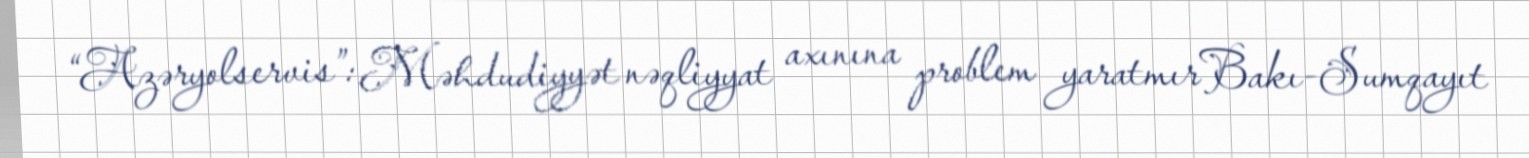
“Azəryolservis”: Məhdudiyyət nəqliyyat axınına problem yaratmırBakı-Sumqayıt